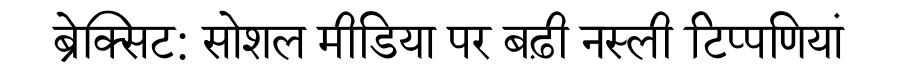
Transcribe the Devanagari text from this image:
ब्रेक्सिट: सोशल मीडिया पर बढ़ी नस्ली टिप्पणियां